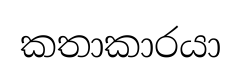
කතාකාරයා